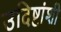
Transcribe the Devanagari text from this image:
उदिष्टांशी